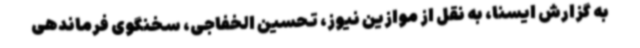
به گزارش ایسنا، به نقل از موازین نیوز، تحسین الخفاجی، سخنگوی فرماندهی